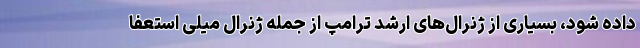
داده شود، بسیاری از ژنرال‌های ارشد ترامپ از جمله ژنرال میلی استعفا